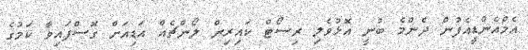
އެމްއެންޑީއެފުން ދެންމެ ބުނީ އޮޅުވެލި ރިސޯޓް ކައިރިން ލޯންޗެއް އަޑިއަށް ގޮސްފައިވާ ކަމުގެ